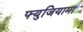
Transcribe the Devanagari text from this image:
फ्युजियामा